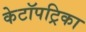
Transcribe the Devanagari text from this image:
केटॉपट्रिका